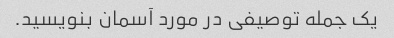
یک جمله توصیفی در مورد آسمان بنویسید.